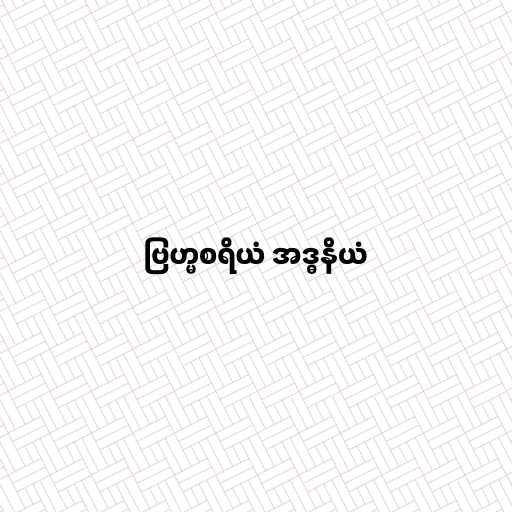
ဗြဟ္မစရိယံ အဒ္ဓနိယံ